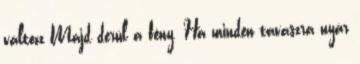
változz Majd derül a fény. Ha minden tavaszra nyár